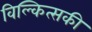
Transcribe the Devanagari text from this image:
विल्कित्सकी